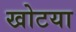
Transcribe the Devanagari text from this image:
खोटया